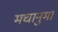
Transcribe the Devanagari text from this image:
मचानुमा